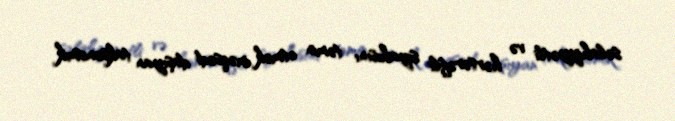
səlahiyyətli və hərtərəfli siyahısını təmin etmək məqsədi daşıyan taksonomik